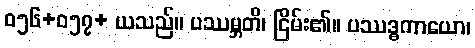
ဝ၅၆+၀၅၇+ ယသည်။ ပဿမ္ဘတိ၊ ငြိမ်း၏။ ပဿဒ္ဓကာယော၊